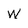
Character: W